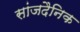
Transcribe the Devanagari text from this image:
सांजदैनिक